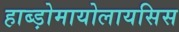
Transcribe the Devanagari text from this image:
हाब्ड़ोमायोलायसिस